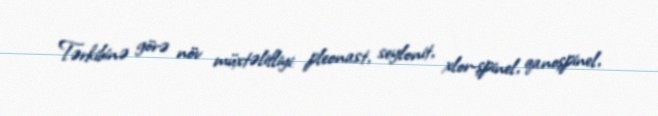
Tərkibinə görə növ müxtəlifliyi: pleonast, seylonit, xlor-şpinel, qanoşpinel,